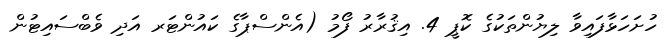
ހުށަހަޅާފައިވާ ލިޔުންތަކުގެ ކޮޕީ 4. އިޤުރާރު ފޯމު (އެންސްޕާގެ ކައުންޓަރ އަދި ވެބްސައިޓުން